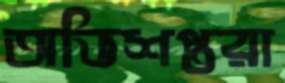
অভিশপ্তরা